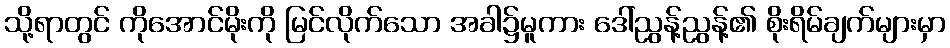
သို့ရာတွင် ကိုအောင်မိုးကို မြင်လိုက်သော အခါ၌မူကား ဒေါ်ညွန့်ညွန့်၏ စိုးရိမ်ချက်များမှာ